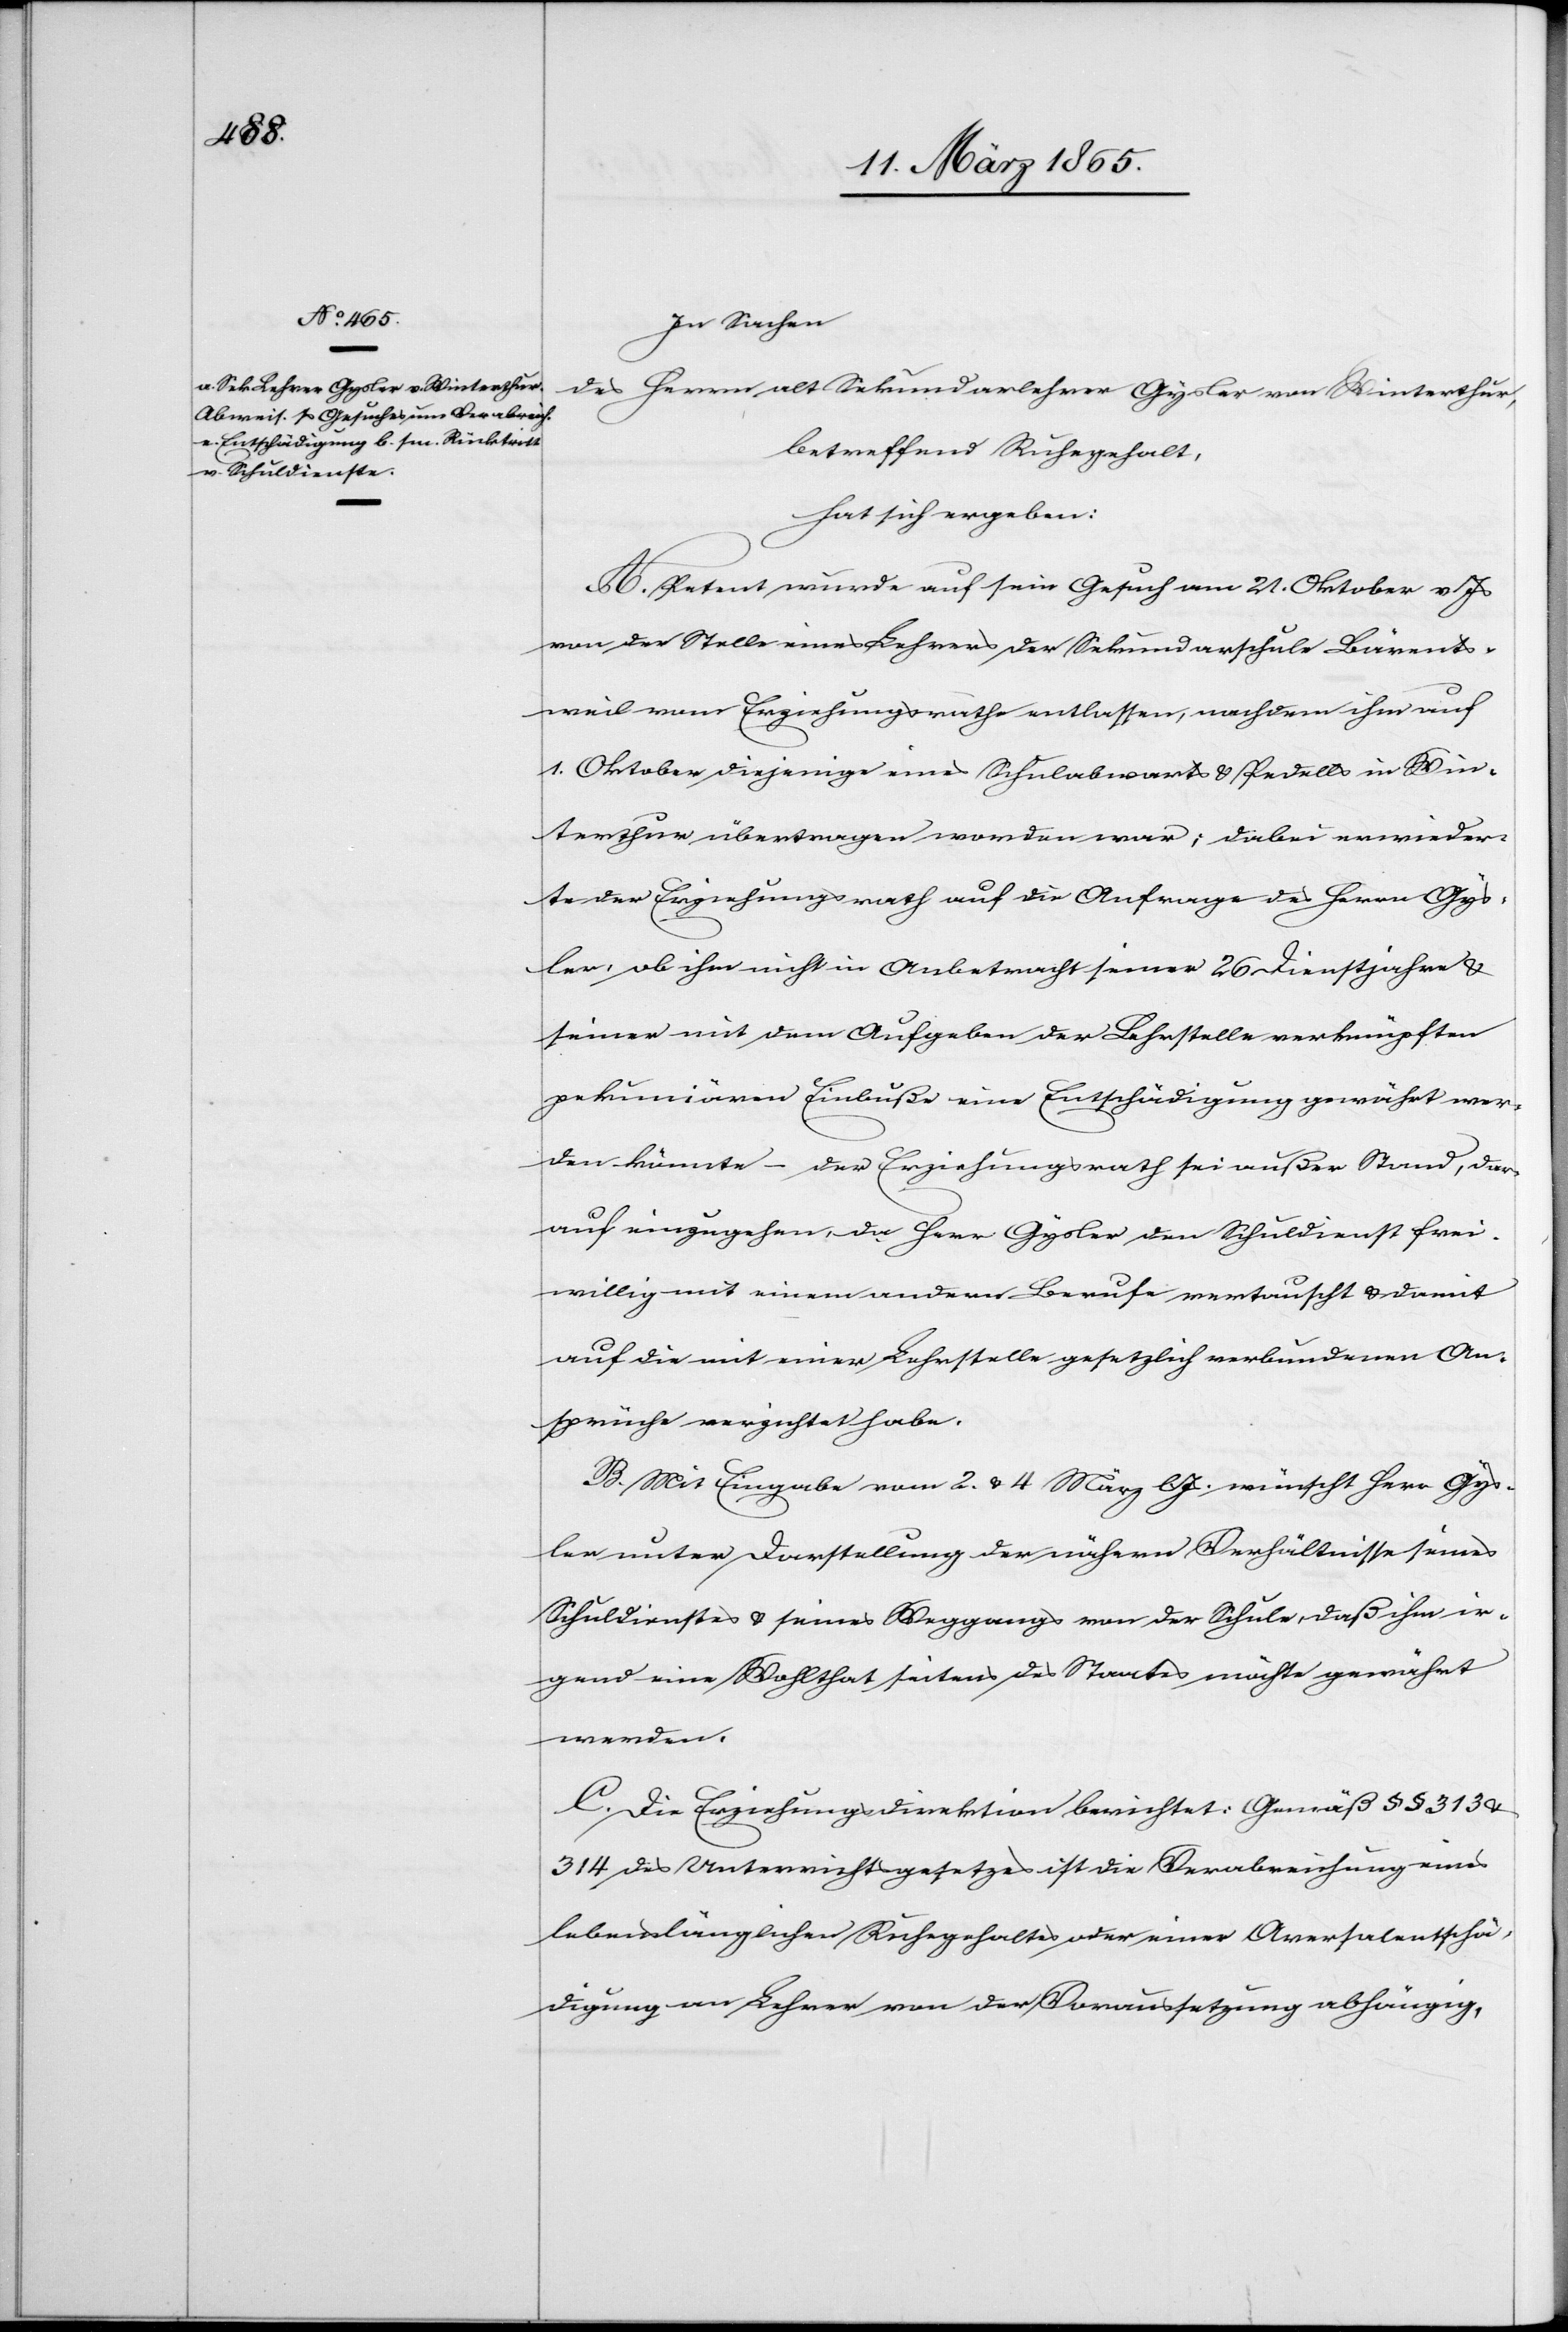
In Sachen
des Herrn alt Sekundarlehrer Gysler von Winterthur,
betreffend Ruhegehalt,
hat sich ergeben:
A. Petent wurde auf sein Gesuch am 21. Oktober v Js
von der Stelle eines Lehrers der Sekundarschule Bärents¬
weil vom Erziehungsrathe entlassen, nachdem ihm auf
1. Oktober diejenige eines Schulabwarts & Pedells in Win¬
terthur übertragen worden war; dabei erwieder¬
te der Erziehungsrath auf die Anfrage des Herrn Gys¬
ler, ob ihm nicht in Anbetracht seiner 26 Dienstjahre &
seiner mit dem Aufgeben der Lehrstelle verknüpften
pekuniären Einbuße eine Entschädigung gewährt wer¬
den könnte – der Erziehungsrath sei außer Stand, dar¬
auf einzugehen, da Herr Gylser dem Schuldienst frei¬
willig mit einem andern Berufe vertauscht & damit
auf die mit einer Lehrstelle gesetzlich verbundenen An¬
sprüche verzichtet habe.
B. Mit Eingabe vom 2. & 4 März l Js. wünscht Herr Gys¬
ler unter Darstellung der nähern Verhältnisse seines
Schuldienstes & seines Weggangs von der Schule, daß ihm ir¬
gend eine Wohlthat seitens des Staates möchte gewährt
werden.
C. Die Erziehungsdirektion berichtet: Gemäß § § 313 &
314 des Unterrichtsgesetzes ist die Verabreichung eines
lebenslänglichen Ruhegehaltes oder einer Arersalentschä¬
digung an Lehrer von der Voraussetzung abhängig,